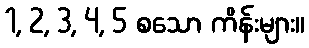
1, 2, 3, 4, 5 စသော ကိန်းများ။